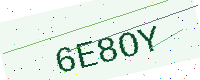
Text: 6E8OY